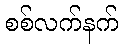
စစ်လက်နက်